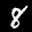
Label: 8